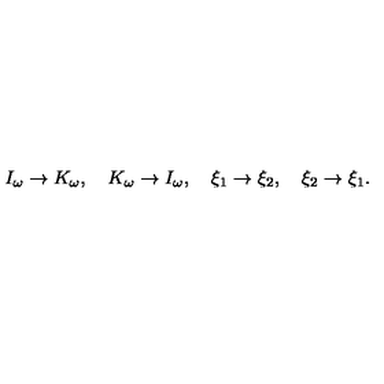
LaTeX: I _ { \omega } \rightarrow K _ { \omega } , \quad K _ { \omega } \rightarrow I _ { \omega } , \quad \xi _ { 1 } \rightarrow \xi _ { 2 } , \quad \xi _ { 2 } \rightarrow \xi _ { 1 } .